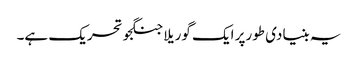
یہ بنیادی طورپر ایک گوریلا جنگجو تحریک ہے۔